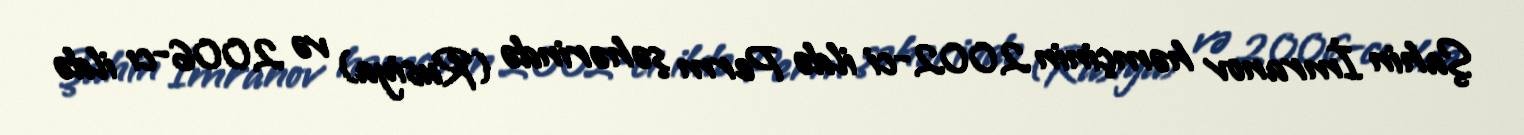
Şahin İmranov həmçinin 2002-ci ildə Perm şəhərində (Rusiya) və 2006-cı ildə